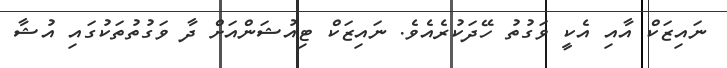
ނައިޒަކް އާއި އެކީ ވަގުތު ހޭދަކުރެއެވެ. ނައިޒަކް ޓިއުޝަންއަށް ދާ ވަގުތުތަކުގައި އުޝާ